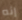
إنه